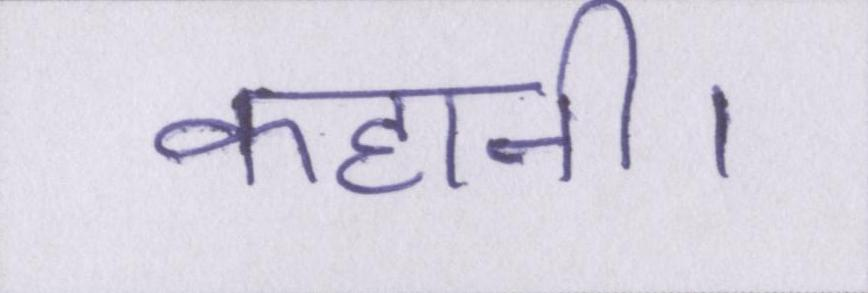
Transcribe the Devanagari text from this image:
कहानी।